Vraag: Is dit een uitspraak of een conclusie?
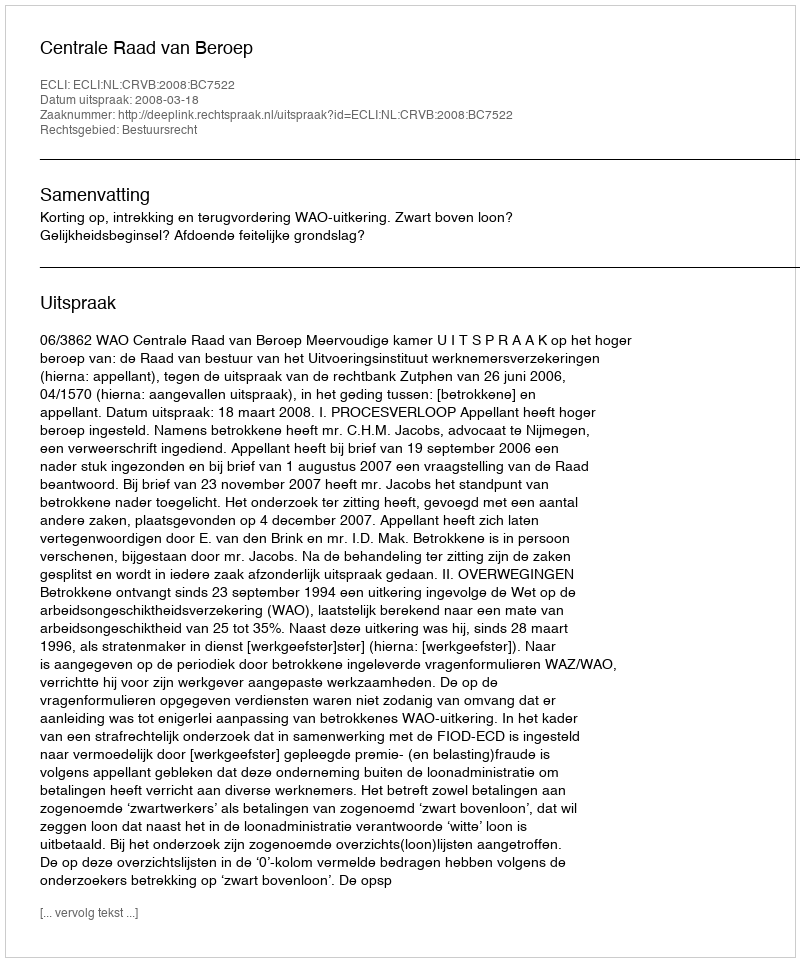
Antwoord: Uitspraak